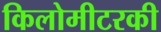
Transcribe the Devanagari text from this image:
किलोमीटरकी